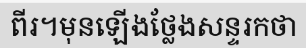
ពីរ។មុនឡើងថ្លែងសន្ទរកថា